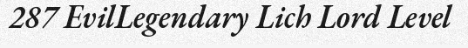
287 EvilLegendary Lich Lord Level